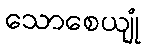
သောစေယျုံ